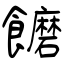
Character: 饝